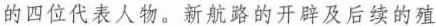
的四位代表人物，新航路的开辟及后续的殖